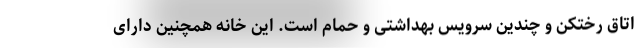
اتاق رختکن و چندین سرویس بهداشتی و حمام است. این خانه همچنین دارای